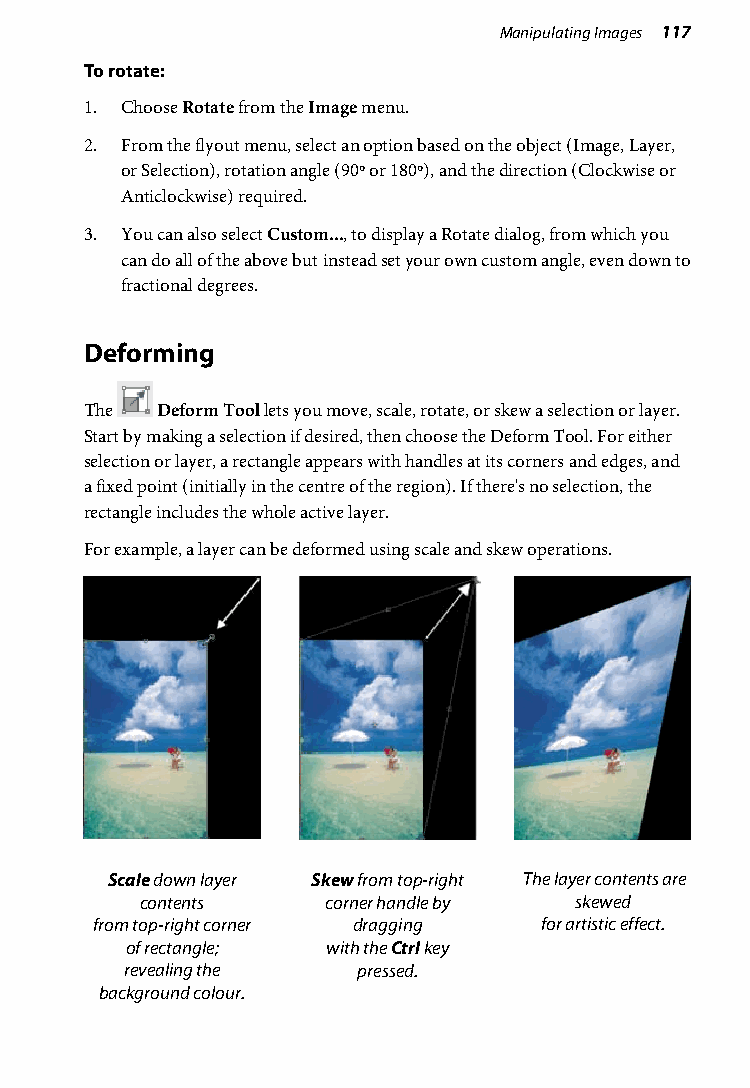
Manipulating Images 117
 To rotate:
 1. Choose Rotate from the Image menu.
 2. From the flyout menu, select an option based on the object (Image, Layer,
 or Selection), rotation angle (90º or 180º), and the direction (Clockwise or
 Anticlockwise) required.
 3. You can also select Custom..., to display a Rotate dialog, from which you
 can do all of the above but instead set your own custom angle, even down to
 fractional degrees.
 Deforming
 The Deform Tool lets you move, scale, rotate, or skew a selection or layer.
 Start by making a selection if desired, then choose the Deform Tool. For either
 selection or layer, a rectangle appears with handles at its corners and edges, and
 a fixed point (initially in the centre of the region). If there's no selection, the
 rectangle includes the whole active layer.
 For example, a layer can be deformed using scale and skew operations.
 Scale down layer Skew from top-right The layer contents are
 contents     corner handle by skewed
 from top-right corner dragging for artistic effect.
 of rectangle; with the Ctrl key
 revealing the   pressed.
 background colour.